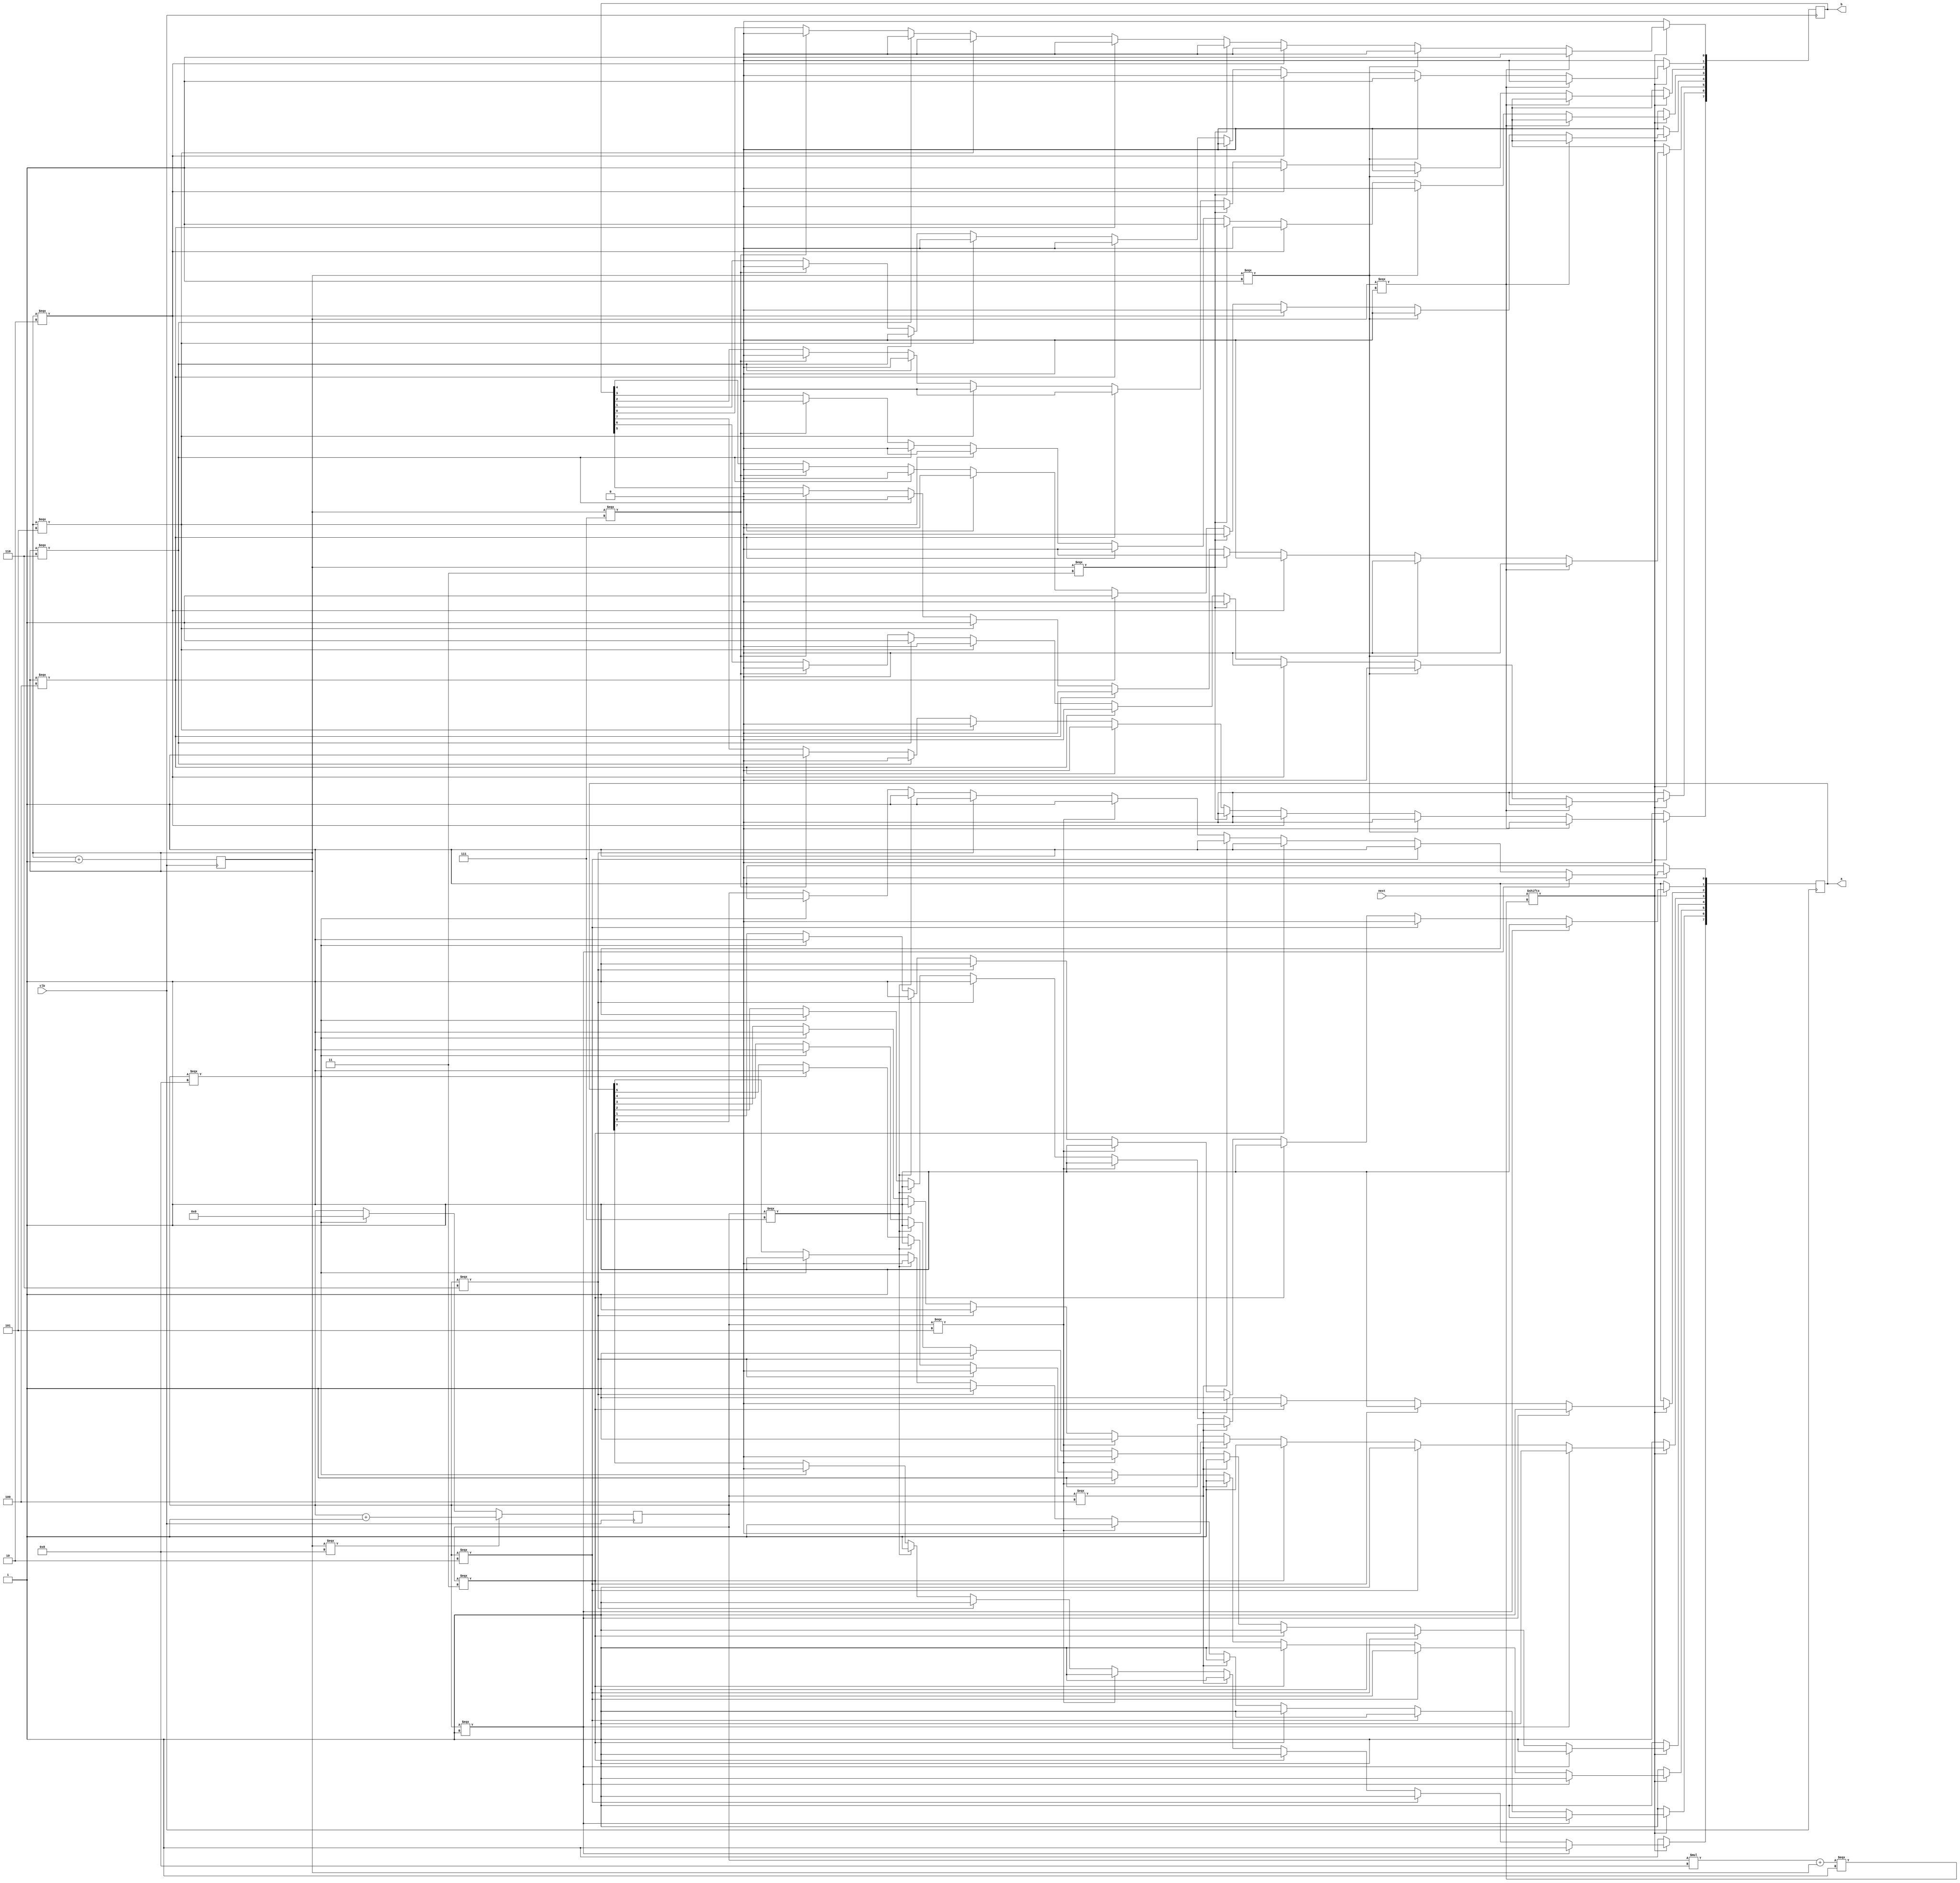
`timescale 1ns / 1ps
//////////////////////////////////////////////////////////////////////////////////
// Company: 
// Engineer: 
// 
// Design Name: 
// Module Name:    pov 
// Project Name: 
// Target Devices: 
// Tool versions: 
// Description: 
//
// Dependencies: 
//
// Revision: 
// Revision 0.01 - File Created
// Additional Comments: 
//
//////////////////////////////////////////////////////////////////////////////////
module pov(
	input clk,
	input [63:0] next,
	//input [7:0] Cin,
	output reg [7:0] a,
	output reg [7:0] b
    );
	 
	 reg [3:0] i = 4'b0; reg [3:0] j = 4'b0;
	 	 always@( posedge clk) begin
		if(i===4'b1000) begin
			i<=0;
			j<=0;
		end
		if(j===4'b1000) begin
			j<=0;
			i<=i+1;
		end
		if(next[i*8+j===1'b1]) begin
			if(i===4'b0001) begin
	a[0] <=1'b0;
	a[1] <= 1'b1;
	a[2] <= 1'b1;
	a[3] <= 1'b1;
	a[4] <= 1'b1;
	a[5] <= 1'b1;
	a[6] <= 1'b1;
	a[7] <= 1'b1;	end 
	else if(i===4'b0010) begin
	a[0] <=1'b1;
	a[1] <= 1'b0;
	a[2] <= 1'b1;
	a[3] <= 1'b1;
	a[4] <= 1'b1;
	a[5] <= 1'b1;
	a[6] <= 1'b1;
	a[7] <= 1'b1;	end 
	else if(i===4'b0011) begin
	a[0] <=1'b1;
	a[1] <= 1'b1;
	a[2] <= 1'b0;
	a[3] <= 1'b1;
	a[4] <= 1'b1;
	a[5] <= 1'b1;
	a[6] <= 1'b1;
	a[7] <= 1'b1;	end 
	else if(i===4'b0100) begin
	a[0] <=1'b1;
	a[1] <= 1'b1;
	a[2] <= 1'b1;
	a[3] <= 1'b0;
	a[4] <= 1'b1;
	a[5] <= 1'b1;
	a[6] <= 1'b1;
	a[7] <= 1'b1;	end 
	else if(i===4'b0101) begin
	a[0] <=1'b1;
	a[1] <= 1'b1;
	a[2] <= 1'b1;
	a[3] <= 1'b1;
	a[4] <= 1'b0;
	a[5] <= 1'b1;
	a[6] <= 1'b1;
	a[7] <= 1'b1;	end 
	else if(i===4'b0110) begin
	a[0] <=1'b1;
	a[1] <= 1'b1;
	a[2] <= 1'b1;
	a[3] <= 1'b1;
	a[4] <= 1'b1;
	a[5] <= 1'b0;
	a[6] <= 1'b1;
	a[7] <= 1'b1;	end 
	else if(i===4'b0111) begin
	a[0] <=1'b1;
	a[1] <= 1'b1;
	a[2] <= 1'b1;
	a[3] <= 1'b1;
	a[4] <= 1'b1;
	a[5] <= 1'b1;
	a[6] <= 1'b0;
	a[7] <= 1'b1;	end 
	else if(i===4'b1000) begin
	a[0] <=1'b1;
	a[1] <= 1'b1;
	a[2] <= 1'b1;
	a[3] <= 1'b1;
	a[4] <= 1'b1;
	a[5] <= 1'b1;
	a[6] <= 1'b1;
	a[7] <= 1'b0;	end 
	/*else begin
	a[0] <=1'b1;
	a[1] <= 1'b1;
	a[2] <= 1'b1;
	a[3] <= 1'b1;
	a[4] <= 1'b1;
	a[5] <= 1'b1;
	a[6] <= 1'b1;
	a[7] <= 1'b1;	end */
	
	if(j===4'b0000) begin
	b[0] <=1'b1;
	b[1] <= 1'b0;
	b[2] <= 1'b0;
	b[3] <= 1'b0;
	b[4] <= 1'b0;
	b[5] <= 1'b0;
	b[6] <= 1'b0;
	b[7] <= 1'b0;	end 
	else if(j===4'b0001) begin
	b[0] <=1'b0;
	b[1] <= 1'b1;
	b[2] <= 1'b0;
	b[3] <= 1'b0;
	b[4] <= 1'b0;
	b[5] <= 1'b0;
	b[6] <= 1'b0;
	b[7] <= 1'b0;	end 
	else if(j===4'b0010) begin
	b[0] <=1'b0;
	b[1] <= 1'b0;
	b[2] <= 1'b1;
	b[3] <= 1'b0;
	b[4] <= 1'b0;
	b[5] <= 1'b0;
	b[6] <= 1'b0;
	b[7] <= 1'b0;	end 
	else if(j===4'b0011) begin
	b[0] <=1'b0;
	b[1] <= 1'b0;
	b[2] <= 1'b0;
	b[3] <= 1'b1;
	b[4] <= 1'b0;
	b[5] <= 1'b0;
	b[6] <= 1'b0;
	b[7] <= 1'b0;	end 
	else if(j===4'b0100) begin
	b[0] <=1'b0;
	b[1] <= 1'b0;
	b[2] <= 1'b0;
	b[3] <= 1'b0;
	b[4] <= 1'b1;
	b[5] <= 1'b0;
	b[6] <= 1'b0;
	b[7] <= 1'b0;	end 
	else if(j===4'b0101) begin
	b[0] <=1'b0;
	b[1] <= 1'b0;
	b[2] <= 1'b0;
	b[3] <= 1'b0;
	b[4] <= 1'b0;
	b[5] <= 1'b1;
	b[6] <= 1'b0;
	b[7] <= 1'b0;	end 
	else if(j===4'b0110) begin
	b[0] <=1'b0;
	b[1] <= 1'b0;
	b[2] <= 1'b0;
	b[3] <= 1'b0;
	b[4] <= 1'b0;
	b[5] <= 1'b0;
	b[6] <= 1'b1;
	b[7] <= 1'b0;	end 
	else if(j===4'b0111) begin
	b[0] <=1'b0;
	b[1] <= 1'b0;
	b[2] <= 1'b0;
	b[3] <= 1'b0;
	b[4] <= 1'b0;
	b[5] <= 1'b0;
	b[6] <= 1'b0;
	b[7] <= 1'b1;	end 
	j <= j+1;
    end
else begin
a[0] <=1'b1;
	a[1] <= 1'b1;
	a[2] <= 1'b1;
	a[3] <= 1'b1;
	a[4] <= 1'b1;
	a[5] <= 1'b1;
	a[6] <= 1'b1;
	a[7] <= 1'b1;
b[0] <=1'b0;
	b[1] <= 1'b0;
	b[2] <= 1'b0;
	b[3] <= 1'b0;
	b[4] <= 1'b0;
	b[5] <= 1'b0;
	b[6] <= 1'b0;
	b[7] <= 1'b0;
	 j <=j+1;
end
end
endmodule